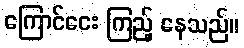
ကြောင်ငေး ကြည့် နေသည်။